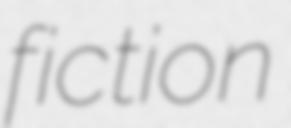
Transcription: fiction